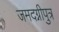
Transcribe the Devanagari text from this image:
जमदग्नीपुत्र